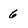
Character: 6